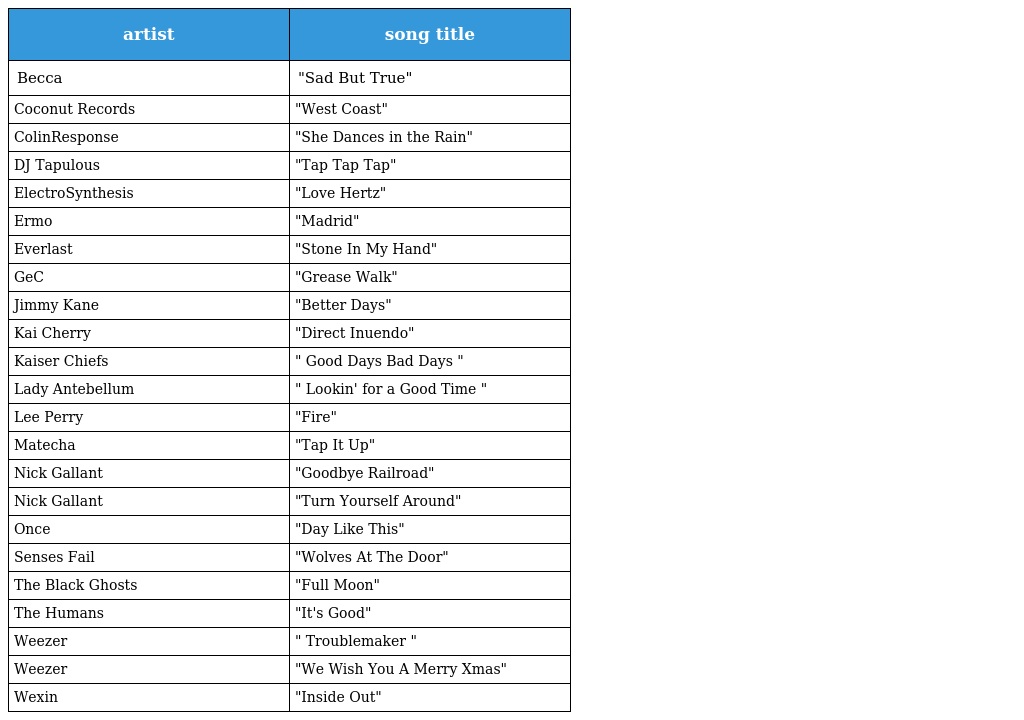
| artist | song title |
 | --- | --- |
 | Becca | "Sad But True" |
 | Coconut Records | "West Coast" |
 | ColinResponse | "She Dances in the Rain" |
 | DJ Tapulous | "Tap Tap Tap" |
 | ElectroSynthesis | "Love Hertz" |
 | Ermo | "Madrid" |
 | Everlast | "Stone In My Hand" |
 | GeC | "Grease Walk" |
 | Jimmy Kane | "Better Days" |
 | Kai Cherry | "Direct Inuendo" |
 | Kaiser Chiefs | " Good Days Bad Days " |
 | Lady Antebellum | " Lookin' for a Good Time " |
 | Lee Perry | "Fire" |
 | Matecha | "Tap It Up" |
 | Nick Gallant | "Goodbye Railroad" |
 | Nick Gallant | "Turn Yourself Around" |
 | Once | "Day Like This" |
 | Senses Fail | "Wolves At The Door" |
 | The Black Ghosts | "Full Moon" |
 | The Humans | "It's Good" |
 | Weezer | " Troublemaker " |
 | Weezer | "We Wish You A Merry Xmas" |
 | Wexin | "Inside Out" |